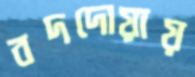
বদদোয়ায়